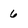
Character: 6